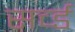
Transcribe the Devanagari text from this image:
सर्च्ड